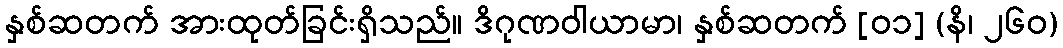
နှစ်ဆတက် အားထုတ်ခြင်းရှိသည်။ ဒိဂုဏဝါယာမာ၊ နှစ်ဆတက် [၀၁] (နိ၊ ၂၆၀)